Scottish Leaving Certificate Examination, 1954
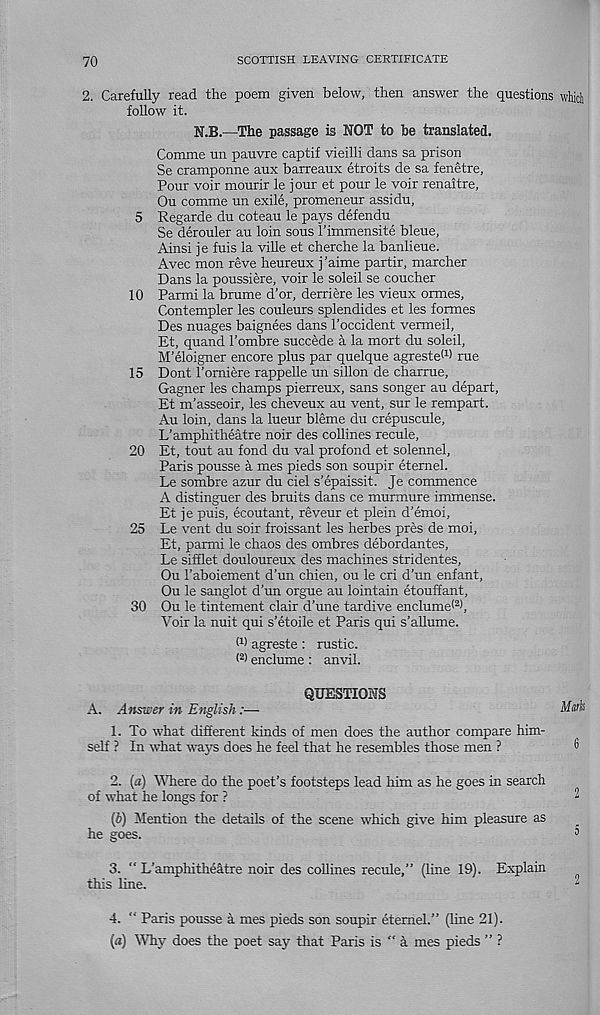
70
SCOTTISH LEAVING CERTIFICATE
2. Carefully read the poem given below, then answer the questions which
follow it.
N.B.—The passage is NOT to be translated.
Comme un pauvre captif vieilli dans sa prison
Se cramponne aux barreaux etroits de sa fenetre,
Pour voir mourir le jour et pour le voir renaitre,
Ou comme un exile, promeneur assidu,
5 Regarde du coteau le pays defendu
Se derouler au loin sous I’immensite bleue,
Ainsi je fuis la ville et cherche la banlieue.
Avec mon reve heureux j 'aime partir, marcher
Dans la poussiere, voir le soleil se coucher
10 Parmi la brume d’or, derriere les vieux ormes,
Contempler les couleurs splendides et les formes
Des nuages baignees dans 1’occident vermeil,
Et, quand I’ombre succede a la mort du soleil,
M’eloigner encore plus par quelque agreste (1 > rue
15 Dont Tomiere rappelle un sillon de charrue,
Gagner les champs pierreux, sans songer au depart,
Et m’asseoir, les cheveux au vent, sur le rempart.
Au loin, dans la lueur bleme du crepuscule,
L’amphitheatre noir des collines recule,
20 Et, tout au fond du val profond et solennel,
Paris pousse a mes pieds son soupir etemel.
Le sombre azur du ciel s’epaissit. Je commence
A distinguer des bruits dans ce murmure immense.
Et je puis, ecoutant, reveur et plein d’emoi,
25 Le vent du soir froissant les herbes pres de moi,
Et, parmi le chaos des ombres debordantes,
Le sifflet douloureux des machines stridentes,
Ou 1’aboiement d’un chien, ou le cri d'un enfant,
Ou le sanglot d’un orgue au lointain etouffant,
30 Ou le tintement clair d’une tardive enclume (2) .
Voir la nuit qui s’etoile et Paris qui s’allume.
(1) agreste : rustic.
( 2 > enclume: anvil.
QUESTIONS
A. Answer in English:—
Mark
1. To what different kinds of men does the author compare him-
self ? In what ways does he feel that he resembles those men ?
®
2. (a) Where do the poet’s footsteps lead him as he goes in search
of what he longs for ?
2
(6) Mention the details of the scene which give him pleasure as
he goes.
5
3. " L’amphitheatre noir des collines recule,” (line 19). Explain
^
this line.
2
4. ” Paris pousse a mes pieds son soupir eternel.” (line 21).
(a) Why does the poet say that Paris is " a mes pieds ” ?